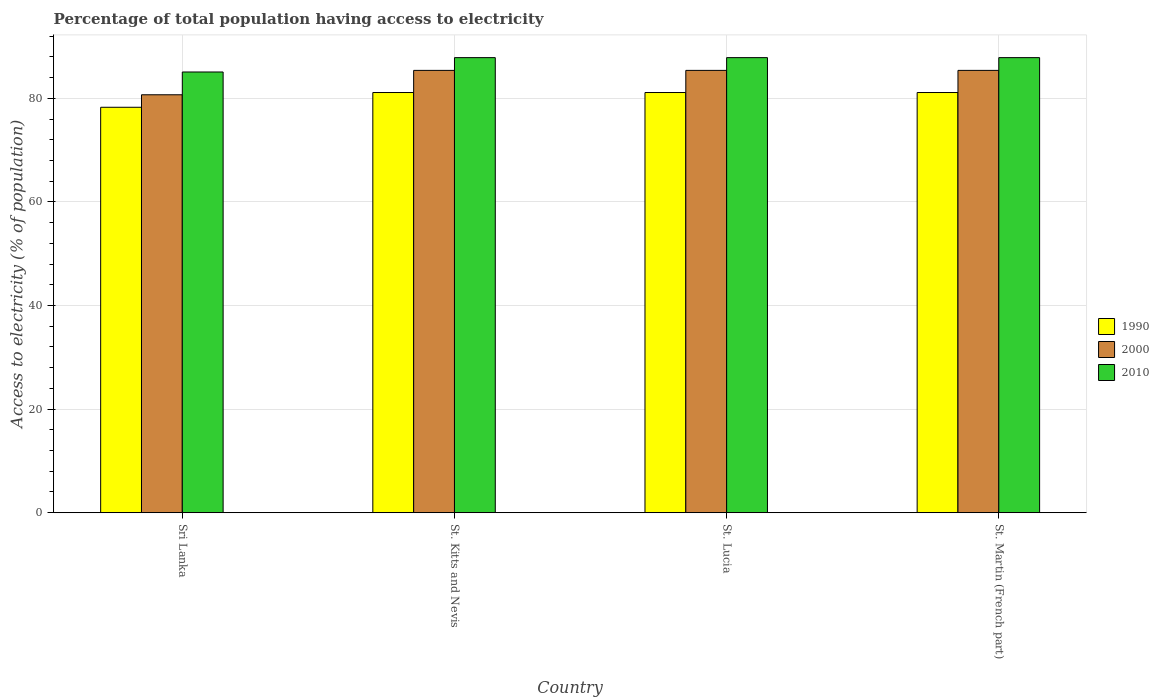
| Country | 1990 | 2000 | 2010 |
 | --- | --- | --- | --- |
 | Sri Lanka | 78.3 | 80.7 | 85.1 |
 | St. Kitts and Nevis | 81.1 | 85.4 | 87.9 |
 | St. Lucia | 81.1 | 85.4 | 87.9 |
 | St. Martin (French part) | 81.1 | 85.4 | 87.9 |